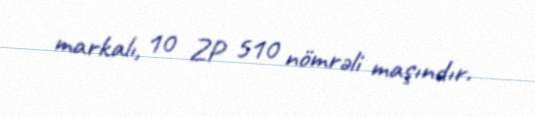
markalı, 10 ZP 510 nömrəli maşındır.